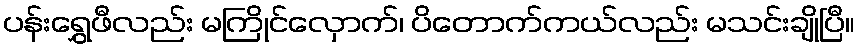
ပန်းရွှေဖီလည်း မကြိုင်လှောက်၊ ပိတောက်ကယ်လည်း မသင်းချိုပြီ။